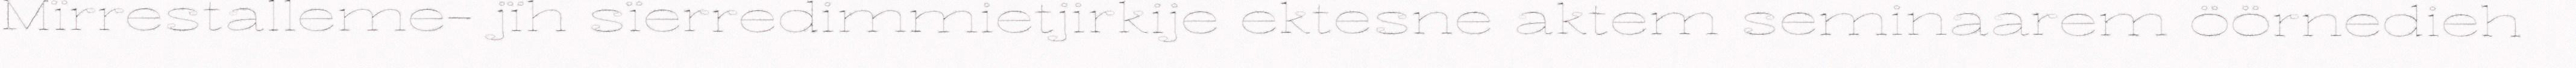
Mïrrestalleme- jïh sïerredimmietjirkije ektesne aktem seminaarem öörnedieh